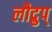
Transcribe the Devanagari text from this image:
लौद्रुप्